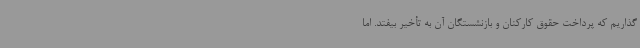
گذاریم که پرداخت حقوق کارکنان و بازنشستگان آن به تأخیر بیفتد. اما